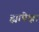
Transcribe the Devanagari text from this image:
ह्यांपेक्षा